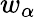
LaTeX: w_{\alpha}